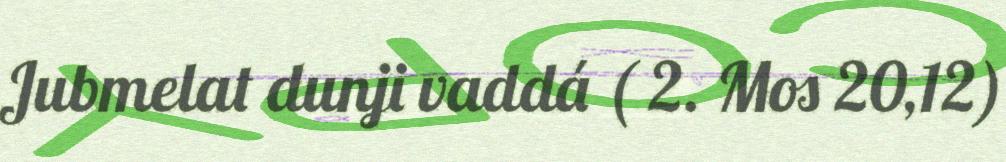
Jubmelat dunji vaddá ( 2. Mos 20,12)